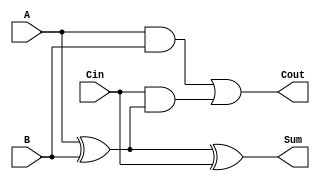
module RippleCarryFullAdder (
    input wire A,     // First input bit
    input wire B,     // Second input bit
    input wire Cin,   // Carry-in bit
    output wire Sum,  // Sum output
    output wire Cout  // Carry-out output
);

// Intermediate signals
wire AxorB;         // Intermediate result of A XOR B
wire AandB;         // Result of A AND B
wire CinAndAxorB;  // Result of Cin AND (A XOR B)

// Calculate the intermediate result
assign AxorB = A ^ B;                // A XOR B
assign Sum = AxorB ^ Cin;            // Sum = (A XOR B) XOR Cin

// Calculate the carry-out
assign AandB = A & B;                // A AND B
assign CinAndAxorB = Cin & AxorB;    // Cin AND (A XOR B)
assign Cout = AandB | CinAndAxorB;   // Cout = (A AND B) OR (Cin AND (A XOR B))

endmodule